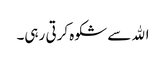
اﷲ سے شکوہ کرتی رہی۔